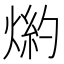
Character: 𤋢